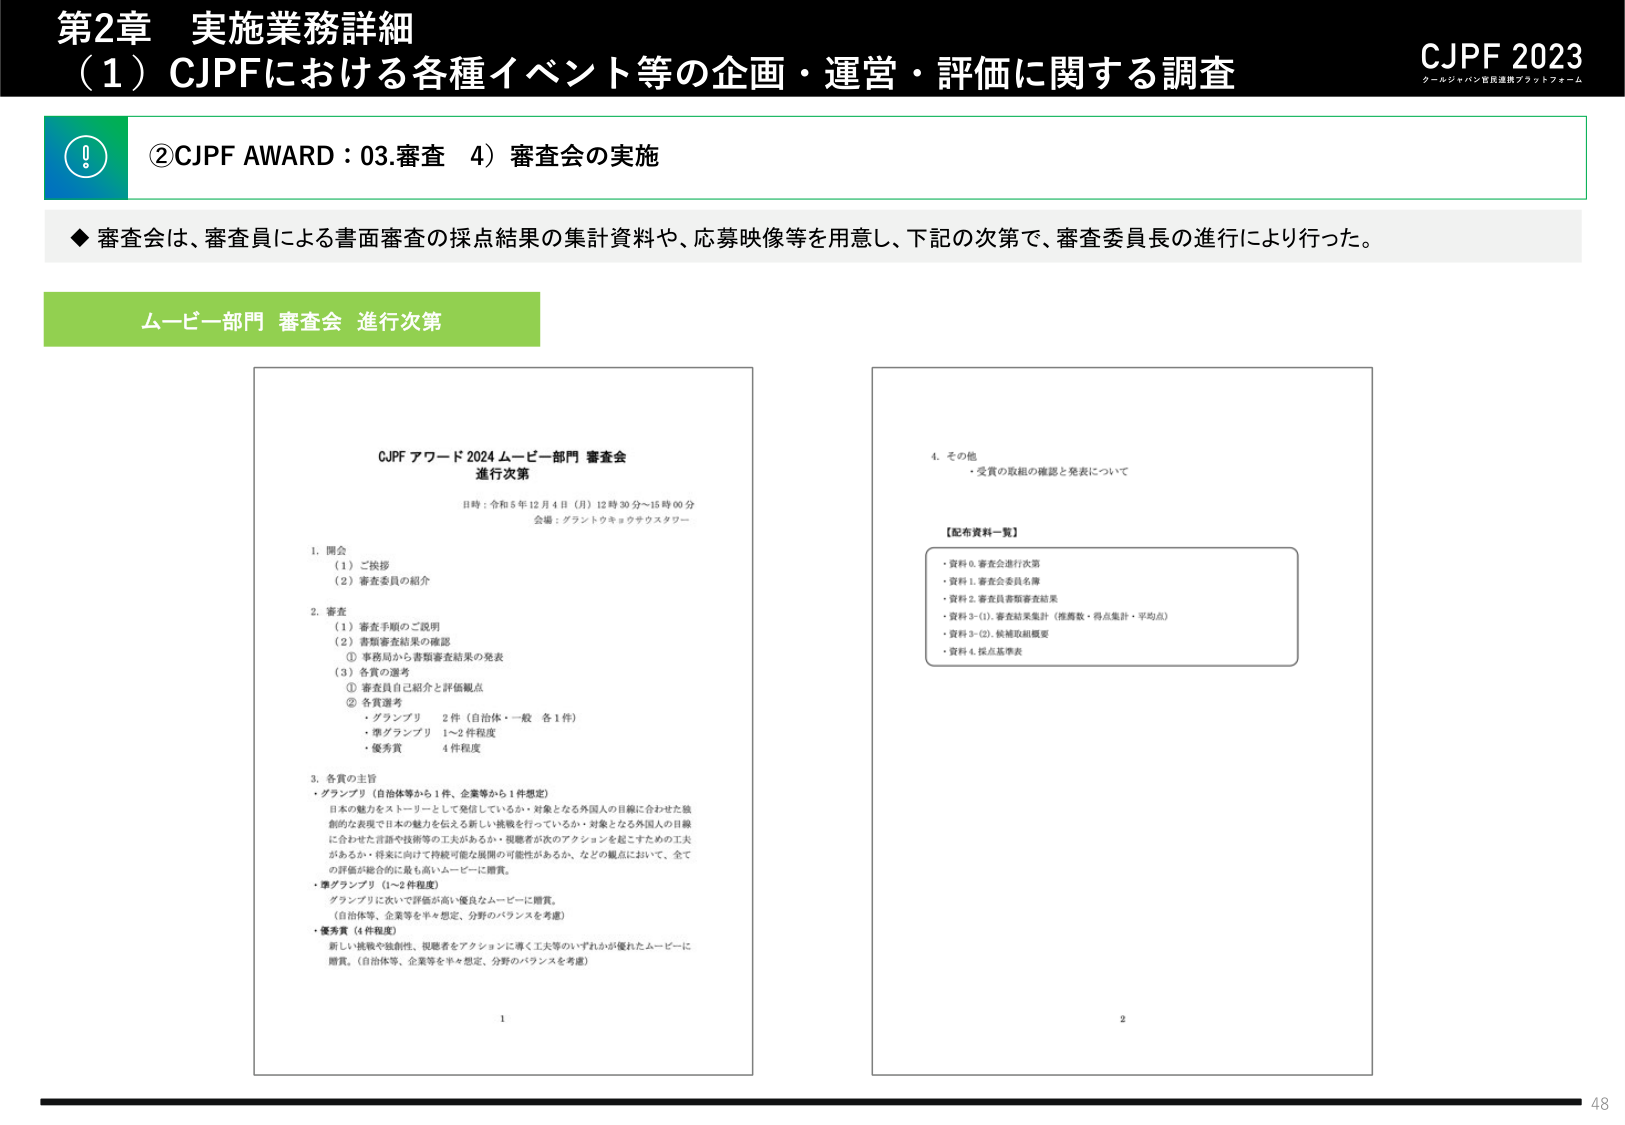
第2章 実施業務詳細
（1）CJPFにおける各種イベント等の企画・運営・評価に関する調査

CJPF 2023
クールジャパン官民連携プラットフォーム

②CJPF AWARD：03.審査 4）審査会の実施

◆審査会は、審査員による書面審査の採点結果の集計資料や、応募映像等を用意し、下記の次第で、審査委員長の進行により行った。

ムービー部門 審査会 進行次第

CJPF アワード 2024 ムービー部門 審査会
進行次第

日時：令和5年12月4日（月）12時30分～15時00分
会場：グランドウォータスタワー

1. 開会
（1）ご挨拶
（2）審査委員の紹介

2. 審査
（1）審査手順のご説明
（2）書類審査結果の確認
① 事務局から書類審査結果の発表
② 各賞の選考
① 審査員自己紹介と評価観点
② 各賞選考
・グランプリ 2件（自治体・一般 各1件）
・準グランプリ 1～2件程度
・優秀賞 4件程度

3. 各賞の主旨
・グランプリ（自治体等から1件、企業等から1件想定）
日本の魅力をストーリーとして発信しているか・対象となる外国人の目線に合わせた独創的な表現で日本の魅力を伝えようとしているか・対象となる外国人の目線に合わせた言語や技術等の工夫があるか・視聴者が次のアクションを起こすための工夫があるか・将来に向けて持続可能な展開の可能性があるか、などの観点において、全ての評価が総合的に最も高いムービーに贈賞。
・準グランプリ（1～2件程度）
グランプリに次いで評価が高い優良なムービーに贈賞。
（自治体等、企業等を半々想定、分野のバランスを考慮）
・優秀賞（4件程度）
新しい挑戦や独創性、視聴者をアクションに導く工夫等のいずれかが優れたムービーに贈賞。（自治体等、企業等を半々想定、分野のバランスを考慮）

4. その他
・受賞の取組の確認と発表について

【配布資料一覧】
・資料0. 審査会進行次第
・資料1. 審査会委員名簿
・資料2. 審査員書類審査結果
・資料3-(1). 審査結果集計（推薦数・得点集計・平均点）
・資料3-(2). 候補取組概要
・資料4. 採点基準表

1
2
48